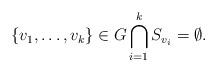
\begin{align*}\{v_1,\ldots , v_k\}\in G\bigcap\limits_{i=1}^k S_{v_i}= \emptyset.\end{align*}